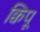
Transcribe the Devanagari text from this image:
क्विपू